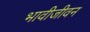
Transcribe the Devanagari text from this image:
भावीजीवन